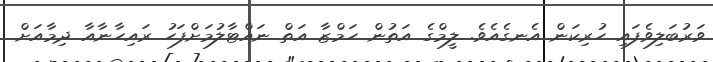
ވަރުބަލިވެފައި ހުރިކަން އެނގެއެވެ. ލީމްގެ އަތުން ހަމްޒާ އަތް ނައްޓާލުމަށްފަހު ރައިހާނާއާ ދިމާއަށް